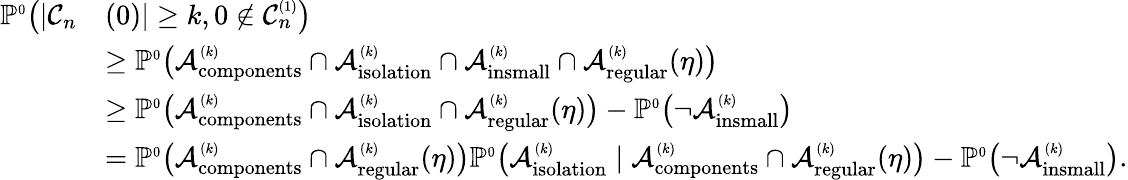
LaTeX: \begin{array}{rl}{\mathbb{P}^{\scriptscriptstyle 0}\big(|{\mathcal C}_{n}}&{(0)|\ge k,0\notin{\mathcal C}_{n}^{\scriptscriptstyle(1)}\big)}\\ &{\ge\mathbb{P}^{\scriptscriptstyle 0}\big({\mathcal A}_{\mathrm{components}}^{\scriptscriptstyle(k)}\cap{\mathcal A}_{\mathrm{isolation}}^{\scriptscriptstyle(k)}\cap{\mathcal A}_{\mathrm{insmall}}^{\scriptscriptstyle(k)}\cap{\mathcal A}_{\mathrm{regular}}^{\scriptscriptstyle(k)}(\eta)\big)}\\ &{\ge\mathbb{P}^{\scriptscriptstyle 0}\big({\mathcal A}_{\mathrm{components}}^{\scriptscriptstyle(k)}\cap{\mathcal A}_{\mathrm{isolation}}^{\scriptscriptstyle(k)}\cap{\mathcal A}_{\mathrm{regular}}^{\scriptscriptstyle(k)}(\eta)\big)-\mathbb{P}^{\scriptscriptstyle 0}\big(\neg{\mathcal A}_{\mathrm{insmall}}^{\scriptscriptstyle(k)}\big)}\\ &{=\mathbb{P}^{\scriptscriptstyle 0}\big({\mathcal A}_{\mathrm{components}}^{\scriptscriptstyle(k)}\cap{\mathcal A}_{\mathrm{regular}}^{\scriptscriptstyle(k)}(\eta)\big)\mathbb{P}^{\scriptscriptstyle 0}\big({\mathcal A}_{\mathrm{isolation}}^{\scriptscriptstyle(k)}\mid{\mathcal A}_{\mathrm{components}}^{\scriptscriptstyle(k)}\cap{\mathcal A}_{\mathrm{regular}}^{\scriptscriptstyle(k)}(\eta)\big)-\mathbb{P}^{\scriptscriptstyle 0}\big(\neg{\mathcal A}_{\mathrm{insmall}}^{\scriptscriptstyle(k)}\big).}\end{array}